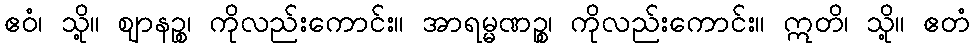
ဧဝံ၊ သို့။ ဈာနဉ္စ၊ ကိုလည်းကောင်း။ အာရမ္မဏဉ္စ၊ ကိုလည်းကောင်း။ ဣတိ၊ သို့။ ဧတံ